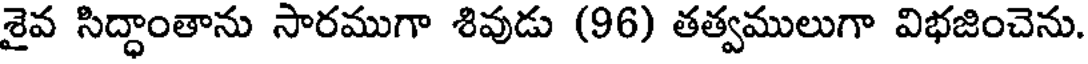
శైవ సిద్ధాంతాను సారముగా శివుడు (96) తత్వములుగా విభజించెను.